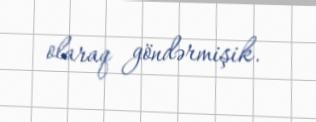
olaraq göndərmişik.